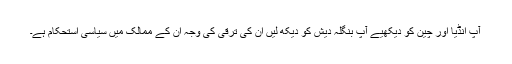
آپ انڈیا اور چین کو دیکھیے آپ بنگلہ دیش کو دیکھ لیں ان کی ترقی کی وجہ ان کے ممالک میں سیاسی استحکام ہے۔